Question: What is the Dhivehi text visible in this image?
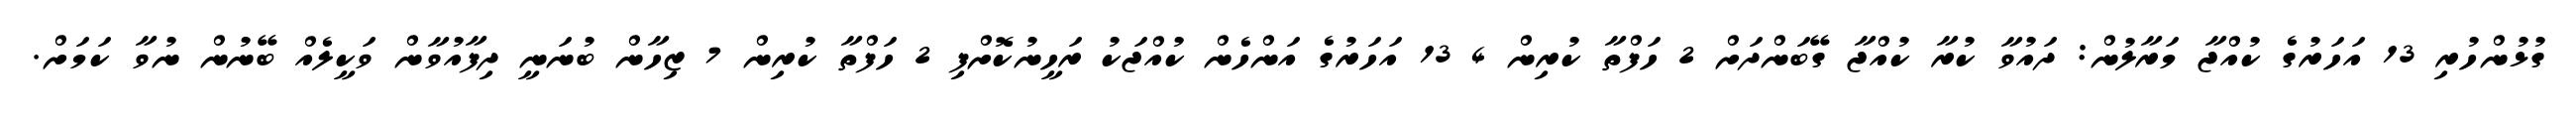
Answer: ގުޅުންހުރި 13 އަހަރުގެ ކުއްޖާ މަރާލުން: ދައުވާ ކުރާ ކުއްޖާ ގޭބަންދަށް 2 ހަފްތާ ކުރިން 4 13 އަހަރުގެ އަންހެން ކުއްޖަކު ރަހީނުކޮށްފި 2 ހަފްތާ ކުރިން 7 ޒިހާން ބުނަނީ ދިފާއުވާން ވަކީލެއް ބޭނުން ނުވާ ކަމަށް.